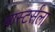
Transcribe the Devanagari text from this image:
मास्टर्सला